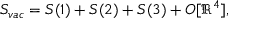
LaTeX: S _ { v a c } = S ( 1 ) + S ( 2 ) + S ( 3 ) + O [ \Re ^ { 4 } ] ,